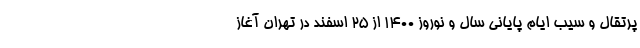
پرتقال و سیب ایام پایانی سال و نوروز ۱۴۰۰ از ۲۵ اسفند در تهران آغاز